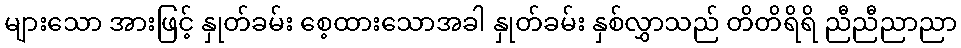
များသော အားဖြင့် နှုတ်ခမ်း စေ့ထားသောအခါ နှုတ်ခမ်း နှစ်လွှာသည် တိတိရိရိ ညီညီညာညာ